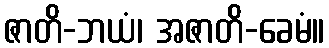
ဇာတိ-ဘယံ၊ အဇာတိ-ခေမံ။